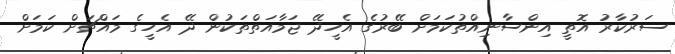
ސަރުކާރު އޮތީ އިންސާނިއްތުކަމަށް ބޭރުގެ އެހީދޭ ޖަމާއަތްތަކުން ދޭ އެހީގެ މައްޗަށް ކަމަށް